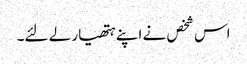
اس شخص نے اپنے ہتھیار لے لئے۔